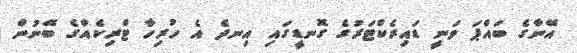
އޭނާގެ ބައްޕަ ވަނީ ޑައިރެކްޓަރުގެ ގޮނޑީގައި އިނދެ އެ ހުރިހާ ޓްރިކެއްގެ ބޭނުން